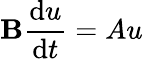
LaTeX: \mathbf{B}{\frac{{\mathrm{{d}}u}}{{\mathrm{{d}}t}}}=Au